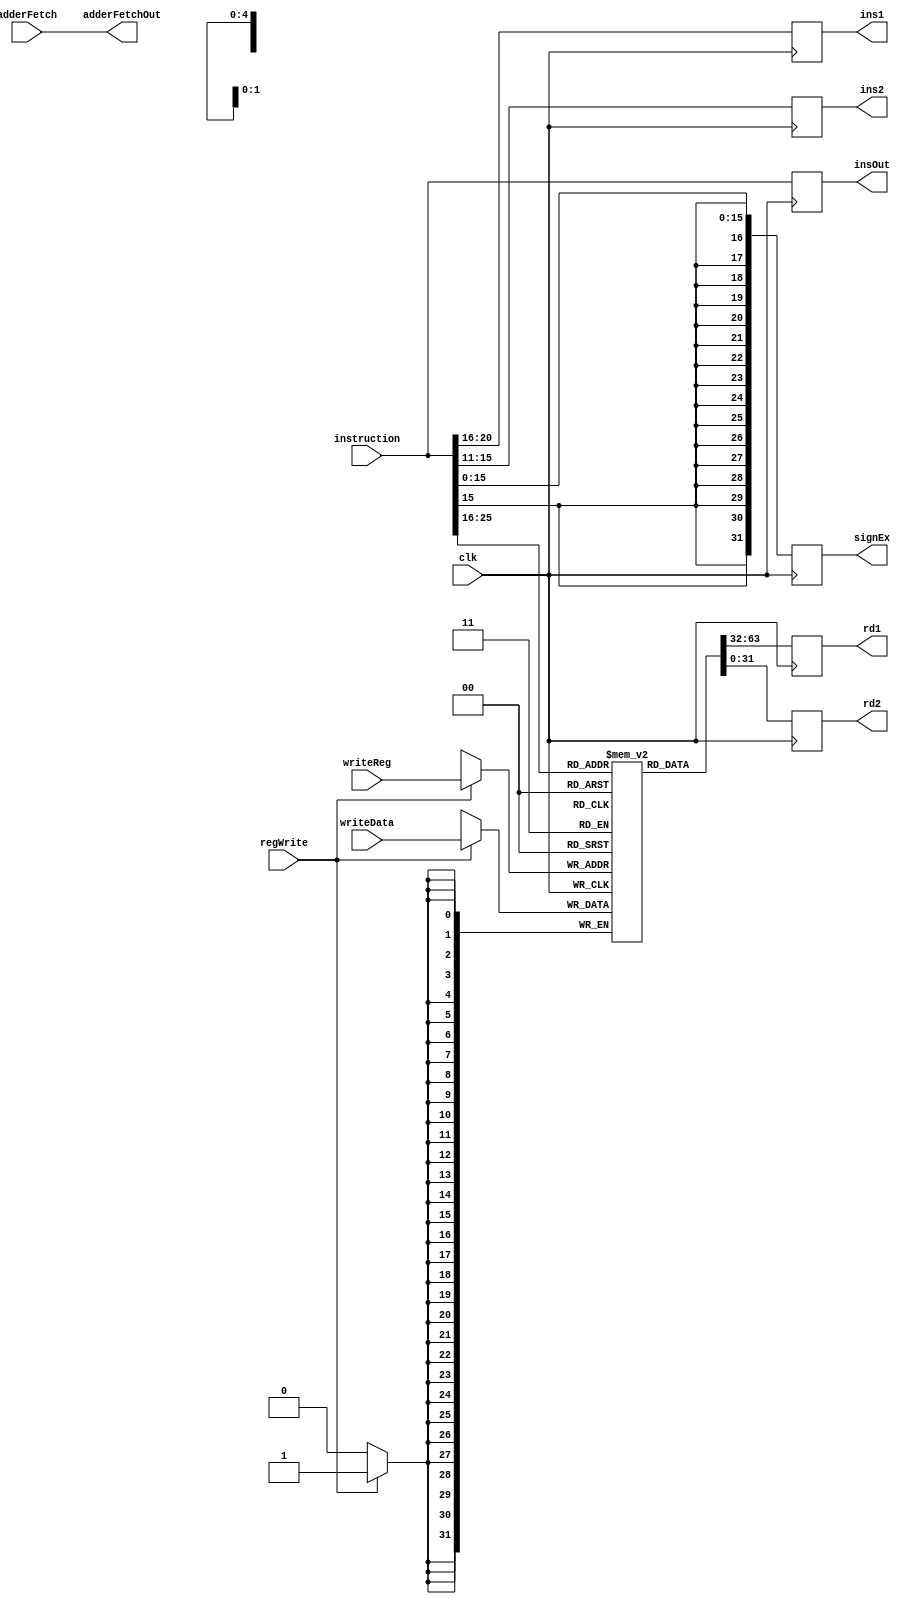
`timescale 1ns / 1ps
//////////////////////////////////////////////////////////////////////////////////
// Company: 
// Engineer: 
// 
// Design Name: 
// Module Name:    decode 
// Project Name: 
// Target Devices: 
// Tool versions: 
// Description: 
//
// Dependencies: 
//
// Revision: 
// Revision 0.01 - File Created
// Additional Comments: 
//
//////////////////////////////////////////////////////////////////////////////////
module decode(
    input [31:0] instruction,
    input [4:0] writeReg,
    input [31:0] writeData,
    input [31:0] adderFetch,
	 input regWrite,
	 
    input clk,
	 output [31:0] adderFetchOut,
	 output reg [31:0] rd1,
    output reg [31:0] rd2,
    output reg [4:0] ins1,
    output reg [4:0] ins2,
    output reg [31:0] insOut,
    output reg [31:0] signEx
    );
	 reg [31:0]regMem[31:0];
	 reg [4:0]rs1;
	 reg [4:0]rs2;
	 //reg [15:0]tmp;
	 integer i;
	 initial begin
		for(i=0;i<32;i=i+1)
		begin
			regMem[i]=i;
		end
	 end
	 always@(posedge clk)
	 begin
		if(regWrite)
		begin
			regMem[writeReg]=writeData;
		end

	 end
	 assign adderFetchOut=adderFetch;
	 
	 always@(negedge clk)
	 begin
	 	rs1=instruction[25:21];
		rs2=instruction[20:16];
		insOut=instruction;
		rd1=regMem[rs1];
		rd2=regMem[rs2];
		ins1=instruction[20:16];
		ins2=instruction[15:11];
		signEx[15:0]=instruction[15:0];
		for(i=16;i<32;i=i+1)
		begin
			signEx[i]=instruction[15];
		end
		
	 end
endmodule